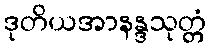
ဒုတိယအာနန္ဒသုတ္တံ